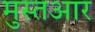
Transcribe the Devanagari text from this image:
मुस्तआर